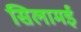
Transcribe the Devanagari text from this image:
सिलामई